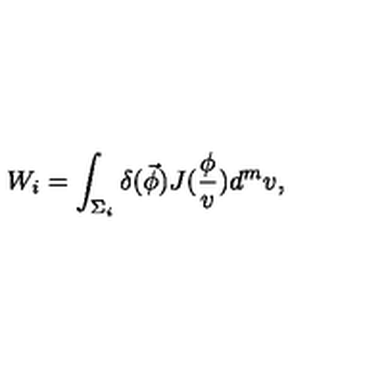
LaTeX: W _ { i } = \int _ { \Sigma _ { i } } \delta ( \vec { \phi } ) J ( \frac \phi v ) d ^ { m } v ,